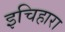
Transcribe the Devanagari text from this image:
इचिहारा